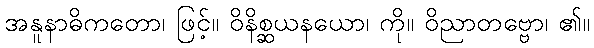
အနူနာဓိကတော၊ ဖြင့်။ ဝိနိစ္ဆယနယော၊ ကို။ ဝိညာတဗ္ဗော၊ ၏။